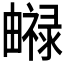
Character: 𤳨